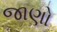
જાણો